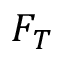
F _ { T }